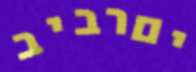
יםרביב